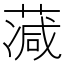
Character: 𦸮